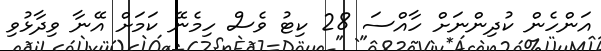
އަންހެން ކުދިންނަށް ހާއްސަ 28 ކިޓު ވެސް ހިމެނޭ ކަމަށް އޭނާ ވިދާޅުވި